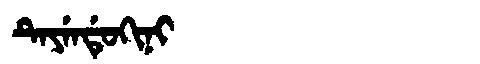
Manchu: ᡨᡝᠶᡝᠨᡩᡠᡴᡳᠨᡳ
Romanization: TEYENDUKINI